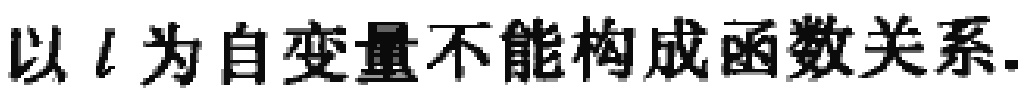
以\(l\)为自变量不能构成函数关系.